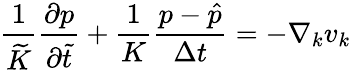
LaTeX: \frac{1}{\widetilde{K}}\frac{\partial p}{\partial\widetilde{t}}+\frac{1}{K}\frac{p-\hat{p}}{\Delta t}=-\nabla_{k}v_{k}